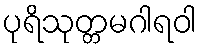
ပုရိသုတ္တမဂါရဝါ